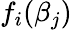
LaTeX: f_{i}(\beta_{j})